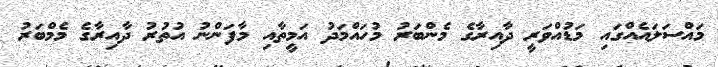
މައްސަލައެއްގައި މަޑުއްވަރީ ދާއިރާގެ މެންބަރު މުހައްމަދު އަމީތާއި މާފަންނު އުތުރު ދާއިރާގެ މެމްބަރު